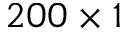
2 0 0 \times 1